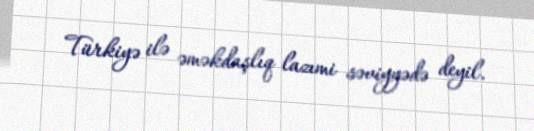
Türkiyə ilə əməkdaşlıq lazımi səviyyədə deyil.